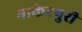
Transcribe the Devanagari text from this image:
नाकेटपुरी